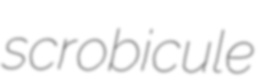
scrobicule